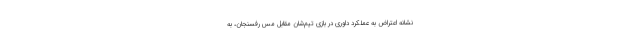
نشانه اعتراض به عملکرد داوری در بازی تیم‌شان مقابل مس رفسنجان، به